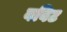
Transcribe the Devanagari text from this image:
बबिट